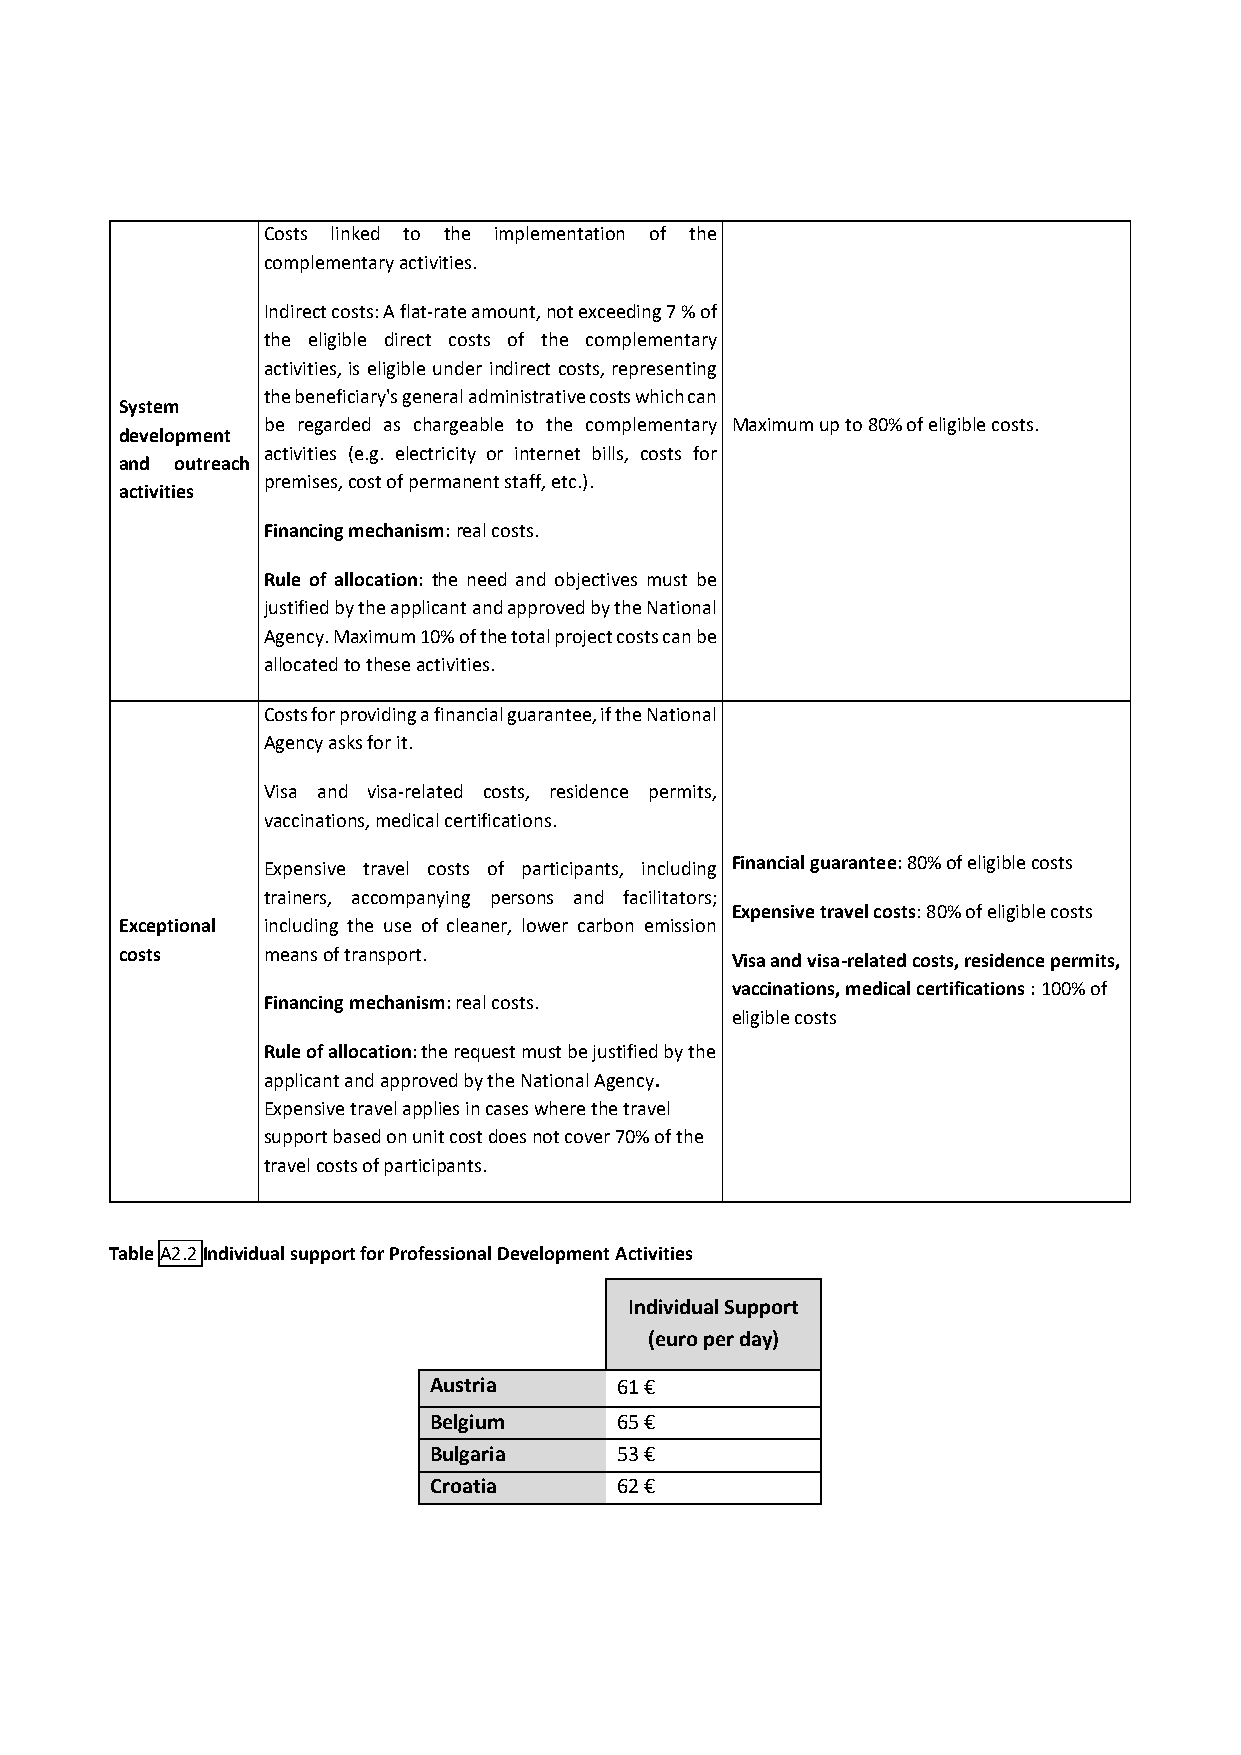
Costs linked to the implementation of the
 complementary activities.
 Indirect costs: A flat‐rate amount, not exceeding 7 % of
 the eligible direct costs of the complementary
 activities, is eligible under indirect costs, representing
 the beneficiary's general administrative costs which can
 System
 be regarded as chargeable to the complementary Maximum up to 80% of eligible costs.
 development
 activities (e.g. electricity or internet bills, costs for
 and outreach
 premises, cost of permanent staff, etc.).
 activities
 Financing mechanism: real costs.
 Rule of allocation: the need and objectives must be
 justified by the applicant and approved by the National
 Agency. Maximum 10% of the total project costs can be
 allocated to these activities.
 Costs for providing a financial guarantee, if the National
 Agency asks for it.
 Visa and visa‐related costs, residence permits,
 vaccinations, medical certifications.
 Expensive travel costs of participants, including Financial guarantee: 80% of eligible costs
 trainers, accompanying persons and facilitators;
 Expensive travel costs: 80% of eligible costs
 Exceptional including the use of cleaner, lower carbon emission
 costs    means of transport.            Visa and visa‐related costs, residence permits,
 vaccinations, medical certifications : 100% of
 Financing mechanism: real costs.
 eligible costs
 Rule of allocation: the request must be justified by the
 applicant and approved by the National Agency.
 Expensive travel applies in cases where the travel
 support based on unit cost does not cover 70% of the
 travel costs of participants.
 Table A2.2 Individual support for Professional Development Activities
 Individual Support
 (euro per day)
 Austria      61 €
 Belgium      65 €
 Bulgaria     53 €
 Croatia      62 €